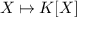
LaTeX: X \mapsto K [ X ]